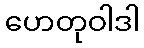
ဟေတုဝါဒါ